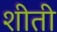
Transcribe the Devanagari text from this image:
शीती